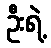
ဦးရဲ့